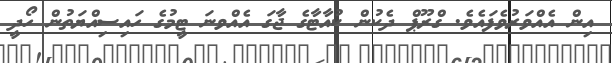
އިން އެއްވަރުވެފައެވެ. ގްރޫޕް ދެކުން ކުއާޓާގެ ޖާާގަ އެއްވނަ ޓީމުގެ ހައިސިއްޔަތުން ހޯދީ